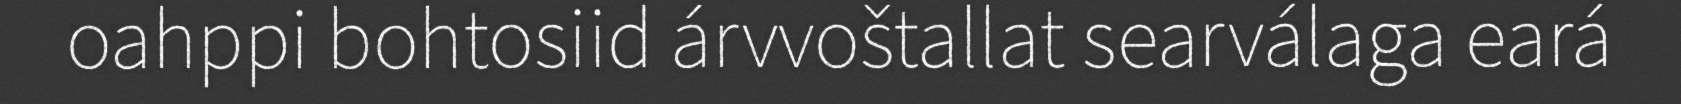
oahppi bohtosiid árvvoštallat searválaga eará